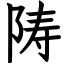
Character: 陦